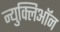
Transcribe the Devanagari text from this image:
न्युक्लिऑन